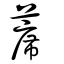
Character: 蓆